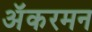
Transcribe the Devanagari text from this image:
अॅकरमन